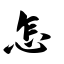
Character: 怎